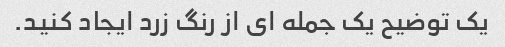
یک توضیح یک جمله ای از رنگ زرد ایجاد کنید.